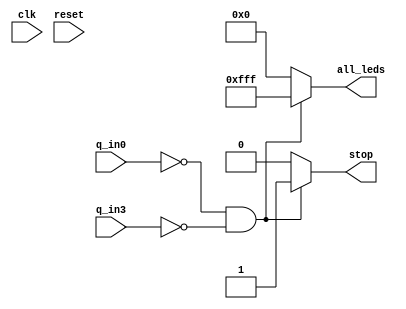
module lightup_all_leds(
    clk, // global clock
    reset, // active low reset
    q_in0,
    q_in3,
    stop,
    all_leds
);

output stop;
output [11:0] all_leds;
input clk; // global clock
input reset; // active low reset
input [3:0] q_in0;
input [3:0] q_in3;

reg stop;
reg [11:0] all_leds;

always @* begin
    if (q_in0 == 4'd0 && q_in3 == 4'd0) begin
        stop = 1'b1;
        all_leds = 12'b111111111111;
    end
    else begin
        stop = 1'b0;
        all_leds = 12'b000000000000;
    end
end
endmodule